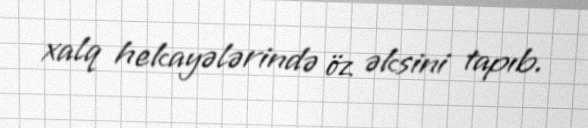
xalq hekayələrində öz əksini tapıb.